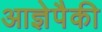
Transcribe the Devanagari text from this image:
आज्ञेपैकी